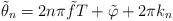
LaTeX: \begin{align*}{\tilde \theta _n} = 2n\pi \tilde fT + \tilde \varphi + 2\pi {k_n}\end{align*}